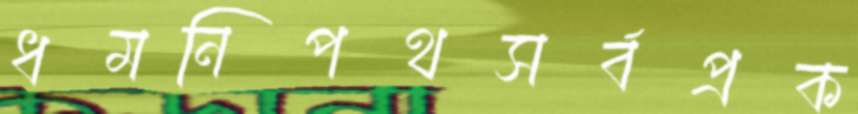
ধমনিপথসর্বপ্রক